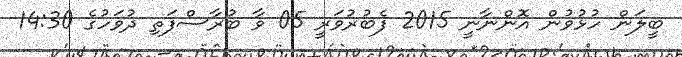
ބީލަން ހުޅުވުން އޮންނާނީ 2015 ފެބުރުވަރީ 05 ވާ ބުރާސްފަތި ދުވަހުގެ 14:30